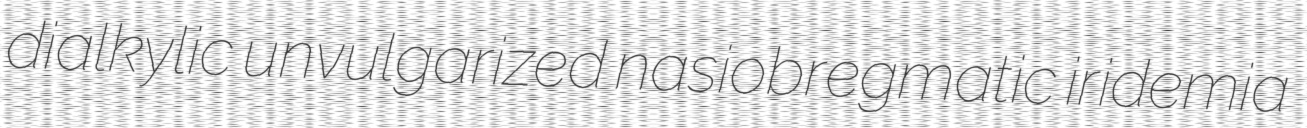
dialkylic unvulgarized nasiobregmatic iridemia